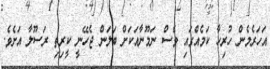
އަހަރެމެން ހުރިހާ ކަމެއްގައި ވެސް ނަމޫނާއަކަށް ބަލަން ޖެހޭނީ ކީރިތި ރަސޫލާ އަށެވެ.